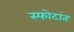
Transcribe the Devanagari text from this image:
स्फोटांत